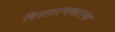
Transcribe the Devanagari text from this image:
विस्तारणकारक